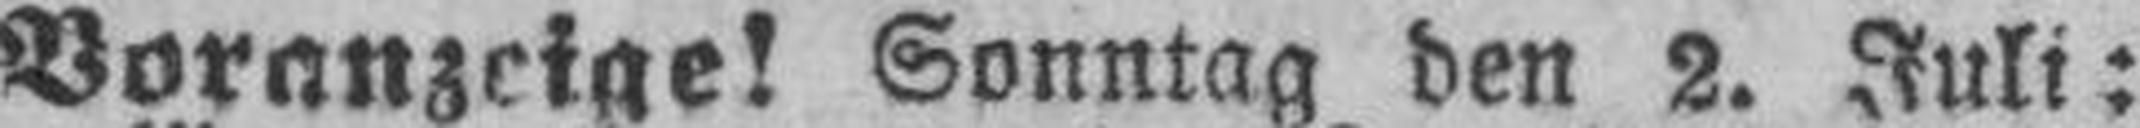
Voranzeige! Sonntag den 2. Juli: